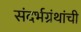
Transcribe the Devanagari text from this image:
संदर्भग्रंथांची